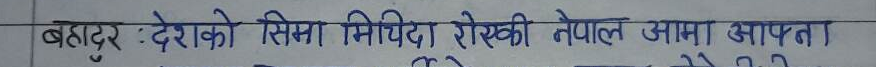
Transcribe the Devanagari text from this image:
बहादुर : देशको सिमा मिचिएकी नेपाल आमा आफ़ता